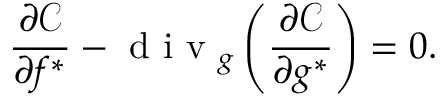
\frac { \partial \mathcal { C } } { \partial f ^ { * } } - \textrm { d i v } _ { \boldsymbol { g } } \left( \frac { \partial \mathcal { C } } { \partial \boldsymbol { g } ^ { * } } \right) = 0 .